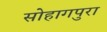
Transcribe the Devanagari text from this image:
सोहागपुरा